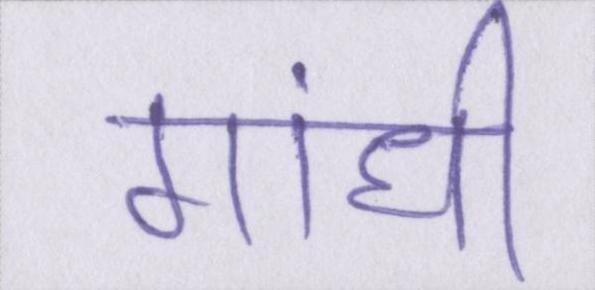
गांधी